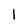
Character: I